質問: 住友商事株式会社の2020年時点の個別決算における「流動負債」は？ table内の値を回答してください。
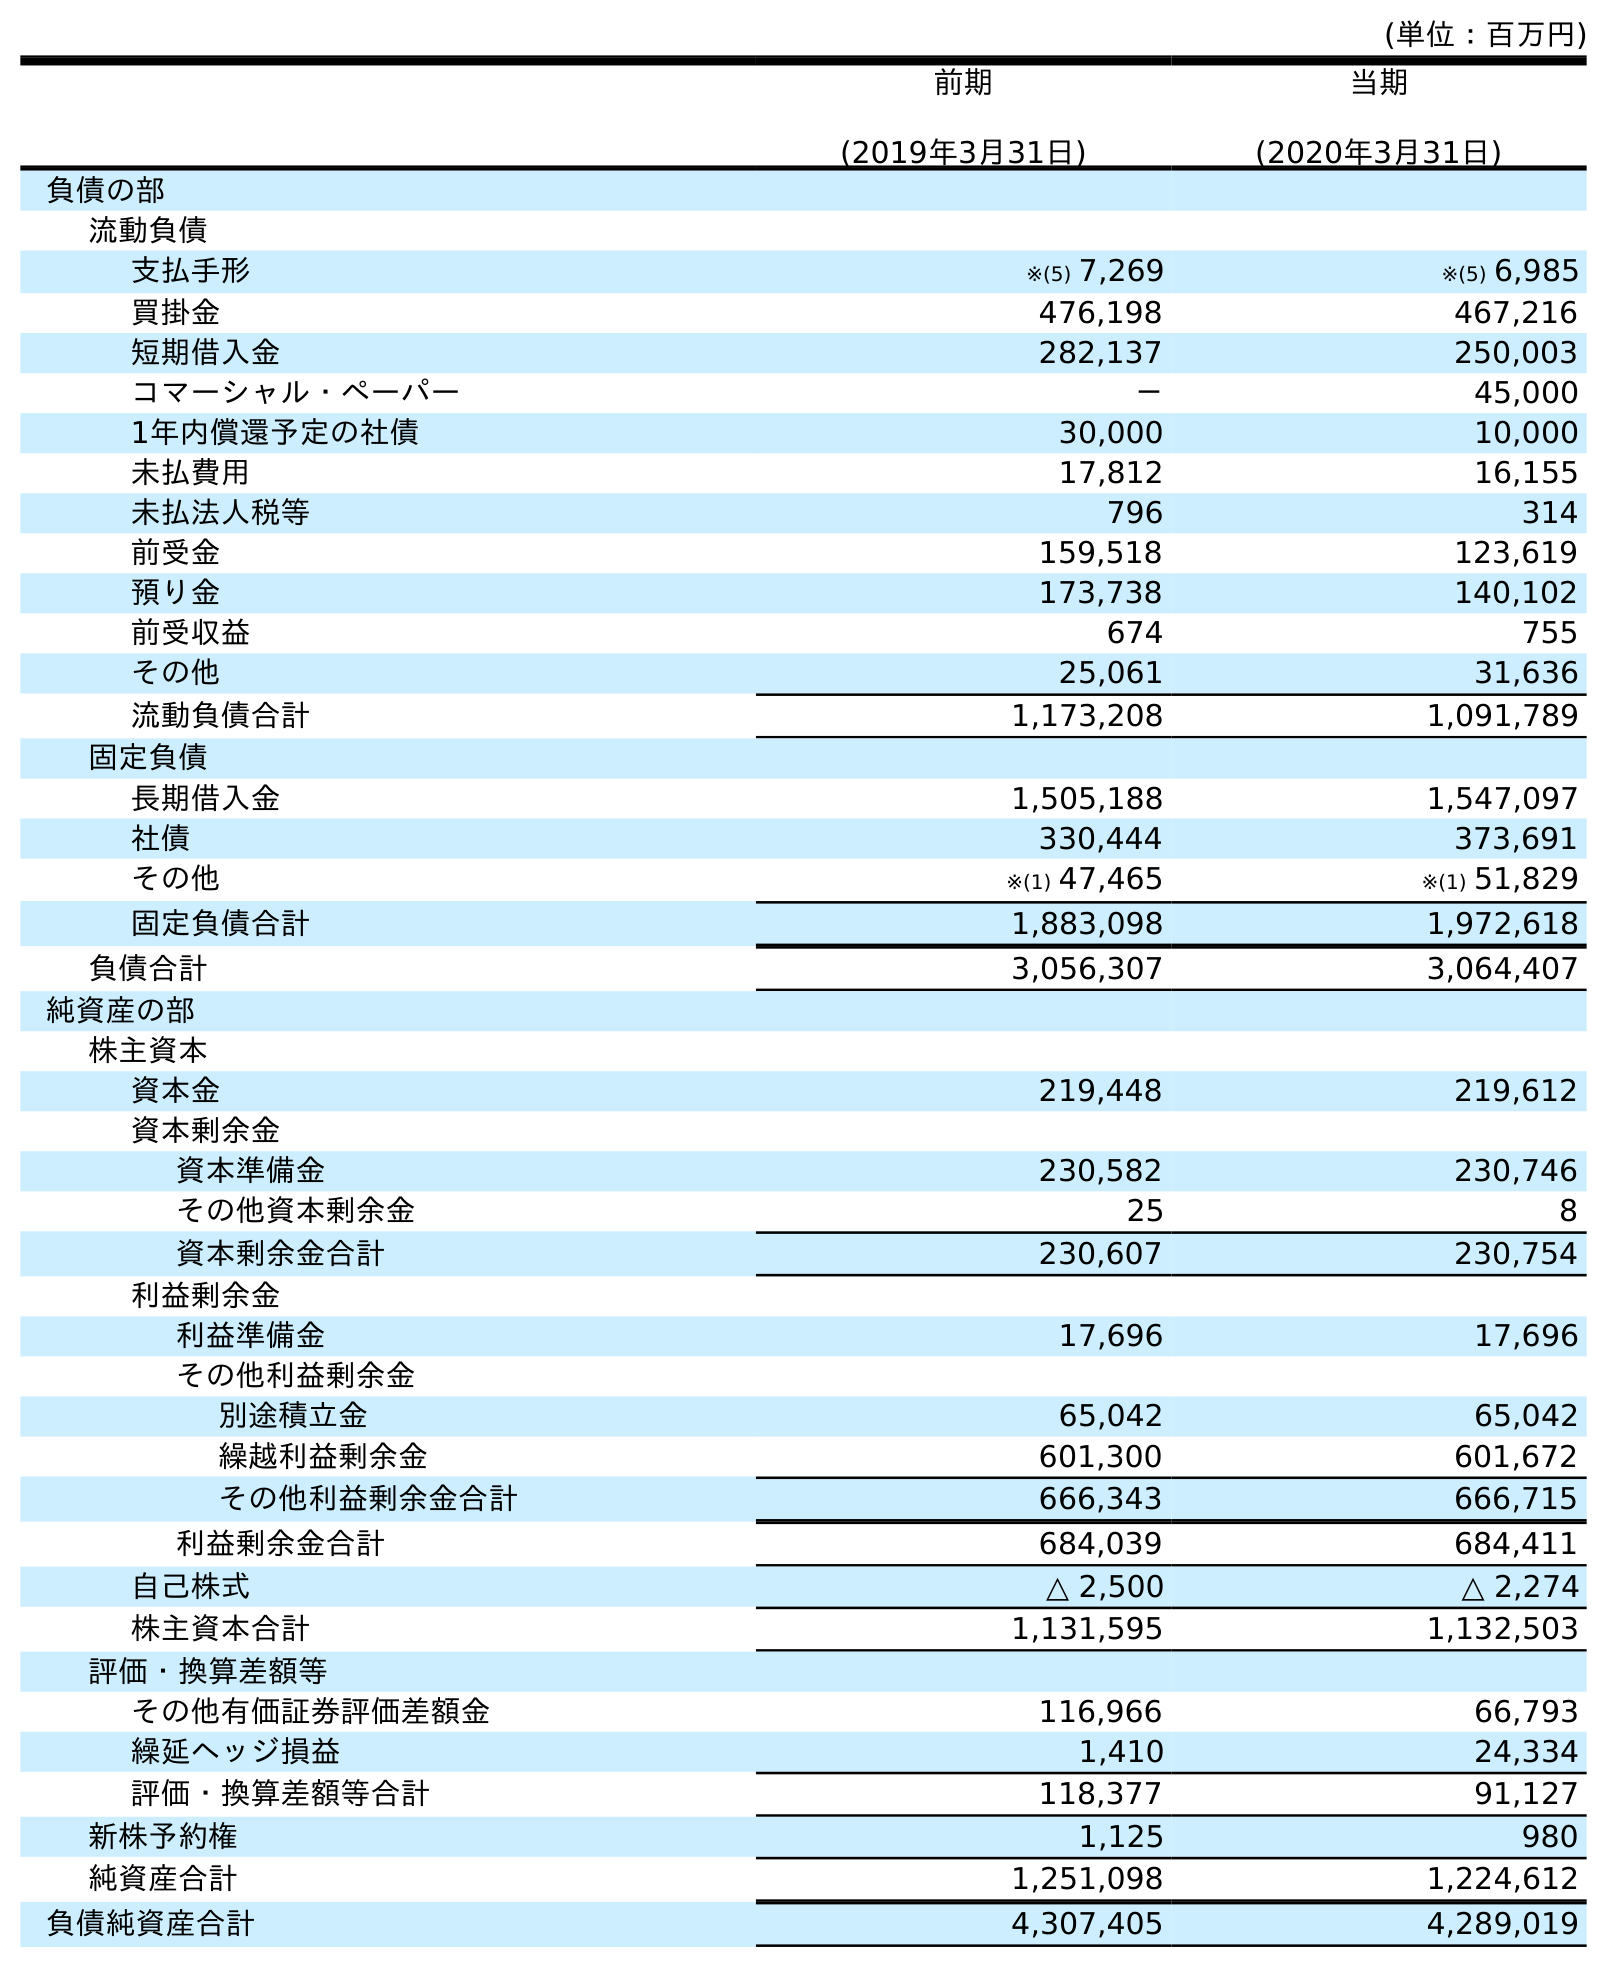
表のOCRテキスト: (単位：百万円) 前期 (2019年3月31日) 当期 (2020年3月31日) 負債の部 流動負債 支払手形 ※(5) 7,269 ※(5) 6,985 買掛金 476,198 467,216 短期借入金 282,137 250,003 コマーシャル・ペーパー － 45,000 1年内償還予定の社債 30,000 10,000 未払費用 17,812 16,155 未払法人税等 796 314 前受金 159,518 123,619 預り金 173,738 140,102 前受収益 674 755 その他 25,061 31,636 流動負債合計 1,173,208 1,091,789 固定負債 長期借入金 1,505,188 1,547,097 社債 330,444 373,691 その他 ※(1) 47,465 ※(1) 51,829 固定負債合計 1,883,098 1,972,618 負債合計 3,056,307 3,064,407 純資産の部 株主資本 資本金 219,448 219,612 資本剰余金 資本準備金 230,582 230,746 その他資本剰余金 25 8 資本剰余金合計 230,607 230,754 利益剰余金 利益準備金 17,696 17,696 その他利益剰余金 別途積立金 65,042 65,042 繰越利益剰余金 601,300 601,672 その他利益剰余金合計 666,343 666,715 利益剰余金合計 684,039 684,411 自己株式 △ 2,500 △ 2,274 株主資本合計 1,131,595 1,132,503 評価・換算差額等 その他有価証券評価差額金 116,966 66,793 繰延ヘッジ損益 1,410 24,334 評価・換算差額等合計 118,377 91,127 新株予約権 1,125 980 純資産合計 1,251,098 1,224,612 負債純資産合計 4,307,405 4,289,019
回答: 1,091,789